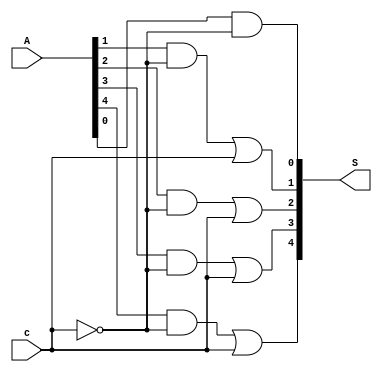
module MUX5B (

	input c,
	input [4:0] A,
	output [4:0] S

);

	assign S[0] = (A[0] & ~c) | (1'b0 & c);
	assign S[1] = (A[1] & ~c) | (1'b1 & c);
	assign S[2] = (A[2] & ~c) | (1'b1 & c);
	assign S[3] = (A[3] & ~c) | (1'b1 & c);
	assign S[4] = (A[4] & ~c) | (1'b1 & c);
	
endmodule